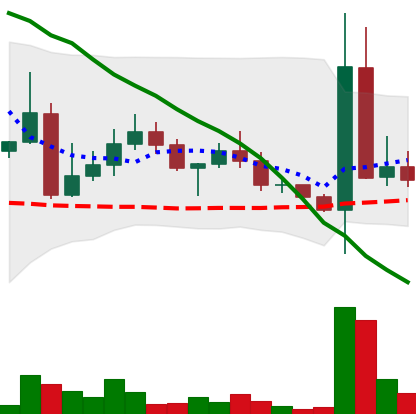
Ticker: DOGE-USD
Chart end date: 2022-04-28
Forward return: -5.71%
Label: down_5_7